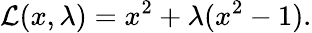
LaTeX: {\mathcal{L}}(x,\lambda)=x^{2}+\lambda(x^{2}-1).